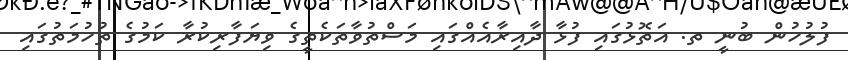
ފުލުހުން ބުނީ ތ. އަތޮޅުގައި ފުޅާ ދާއިރާއެއްގައި މަސްތުވާތަކެތީގެ ވިޔަފާރިކުރާ ކަމުގެ ތުހުމަތުގައި